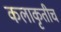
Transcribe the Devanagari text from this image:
कलाकृतीच